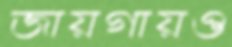
জায়গায়ও